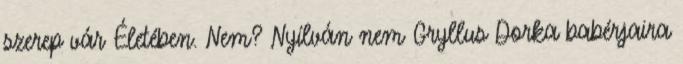
szerep vár Életében. Nem? Nyílván nem Gryllus Dorka babérjaira